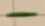
Text: -